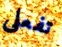
تفعلى